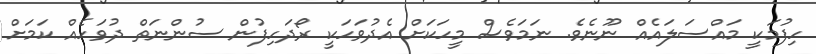
ހިފުމަކީ މައްސަލައެއް ނޫނެވެ. ނަމަވެސް މީހަކަށް އެދުވަހަކީ ރޯދަހިފުން ސުންނަތް ދުވަހެއް ކަމަށް